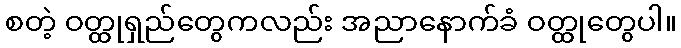
စတဲ့ ဝတ္ထုရှည်တွေကလည်း အညာနောက်ခံ ဝတ္ထုတွေပါ။